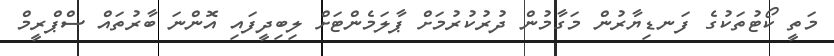
މަތީ ކޯޓުތަކުގެ ފަނޑިޔާރުން މަގާމުން ދުރުކުރުމަށް ޕާލަމެންޓަށް ލިބިދީފައި އޮންނަ ބާރުތައް ސްޕްރީމް